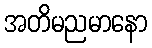
အတိမညမာနော